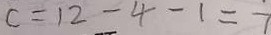
c = 1 2 - 4 - 1 = 7